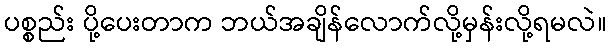
ပစ္စည်း ပို့ပေးတာက ဘယ်အချိန်လောက်လို့မှန်းလို့ရမလဲ။